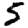
Digit: 5